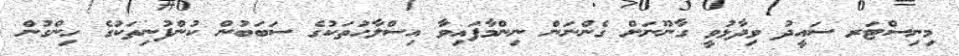
މިނިސްޓަރ ސައީދު ވިދާޅުވީ ގާނޫނަށް ގެންނަން ނިންމާފައިވާ އިސްލާހުތަކުގެ ސަބަބުން ކުންފުނިތަކުގެ ހިންގުން